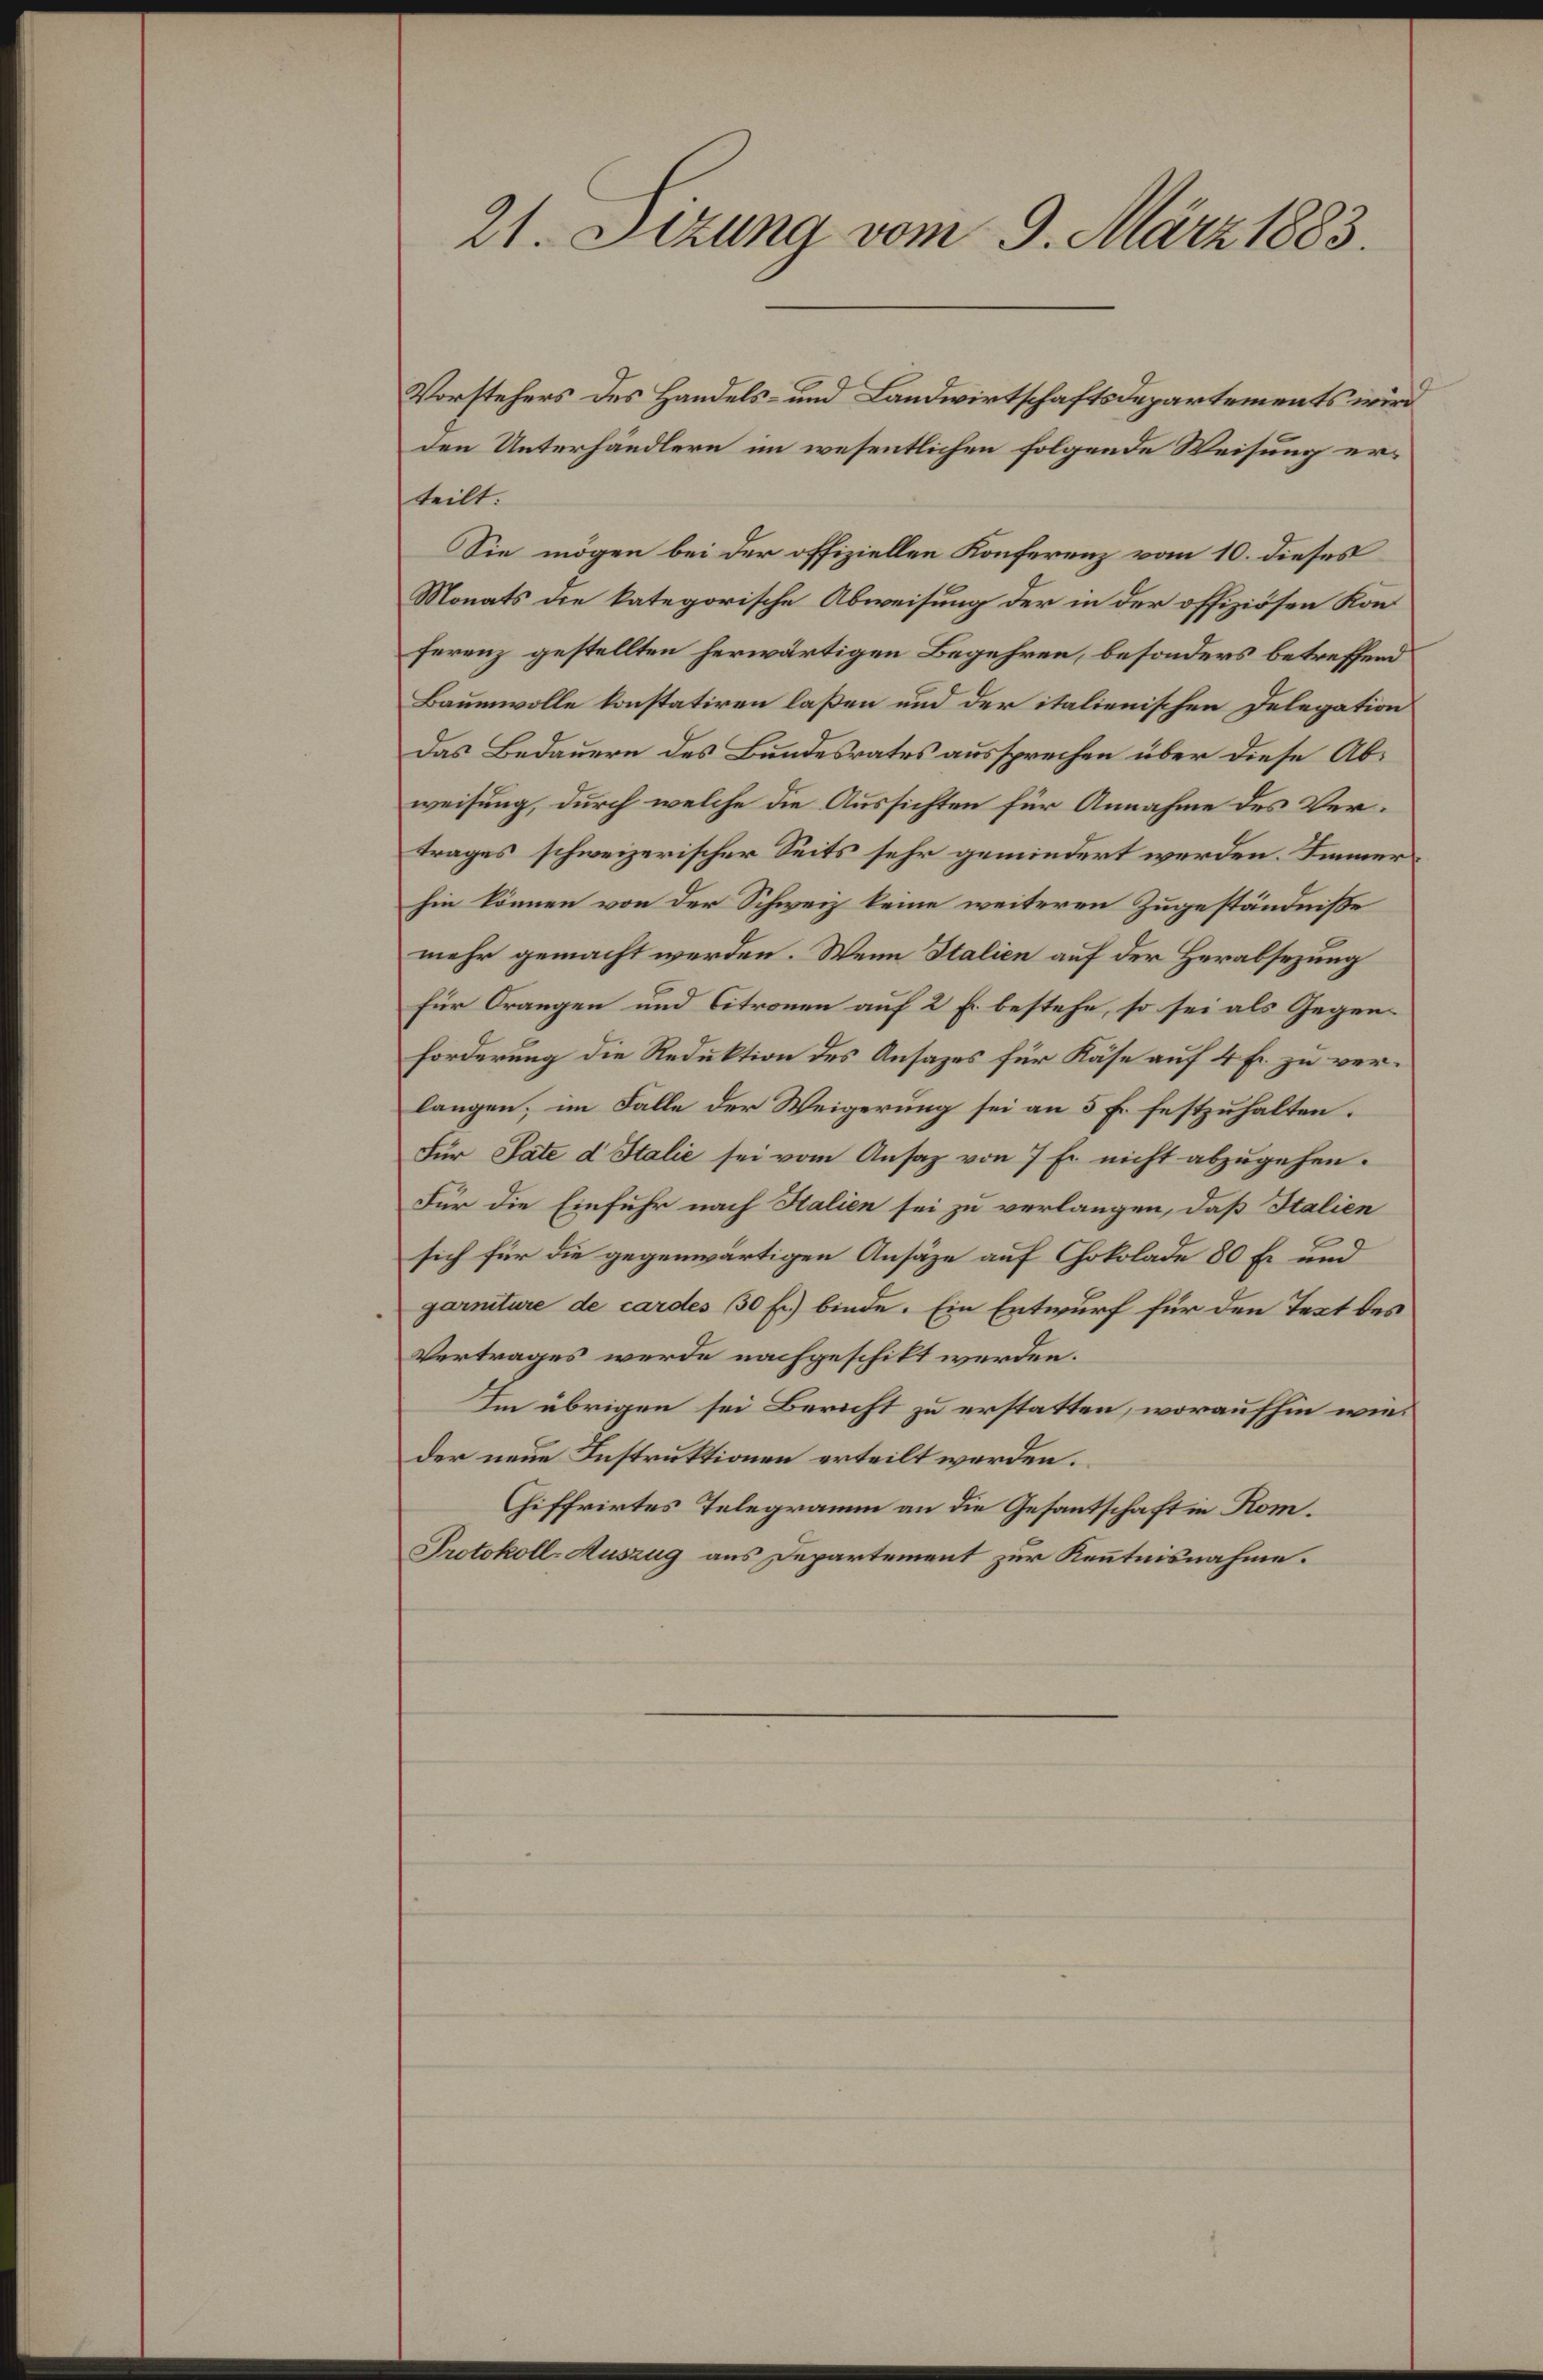
21. Sizung vom 9. März 1883.

Vorstehers des Handels- und Landwirtschaftsdepartements wird
den Unterhändlern im wesentlichen folgende Weisung erteilt.
Sie mögen bei der offiziellen Konferenz vom 10. dieses
Monats die kategorische Abweisung der in der offiziösen Konferenz gestellten herwärtigen Begehren, besonders betreffend
Baumwolle konstatiren laßen und der italienischen Delegation
Das Bedauern des Bundesrates aussprechen über diese Abweisung, durch welche die Aussichten für Annahme des Vertrages schweizerischer Seits sehr gemindert werden. Immer
hin können von der Schweiz keine weiteren Zugeständniße
mehr gemacht werden. Wenn Italien auf der Herabsezung
Für Orangen und Citronen auf 2 Fr. bestehe, so sei als Gegenforderung die Reduktion des Ansazes für Käse auf 4 Fr. zu verlangen; im Falle der Weigerung sei an 3 Fr. festzuhalten.
Für Pate d Italie sei vom Ansaz von 7 Er nicht abzugehen.
Für die Einfuhr nach Halien sei zu verlangen, daß Italien
sich für die gegenwärtigen Ansäze auf Chokolade 80 f. und
garniture de cardes 30 f.) binde. Ein Entwurf für den Text des
Vertrages werde nachgeschikt werden.
Im übrigen sei Bericht zu erstatten, woraufhin wieder neue Instruktionen erteilt werden.
Chiffrirtes Telegramm an die Gesantschaft in Kom¬
Protokoll-Auszug aus Departement zur Kenntnisnahme.